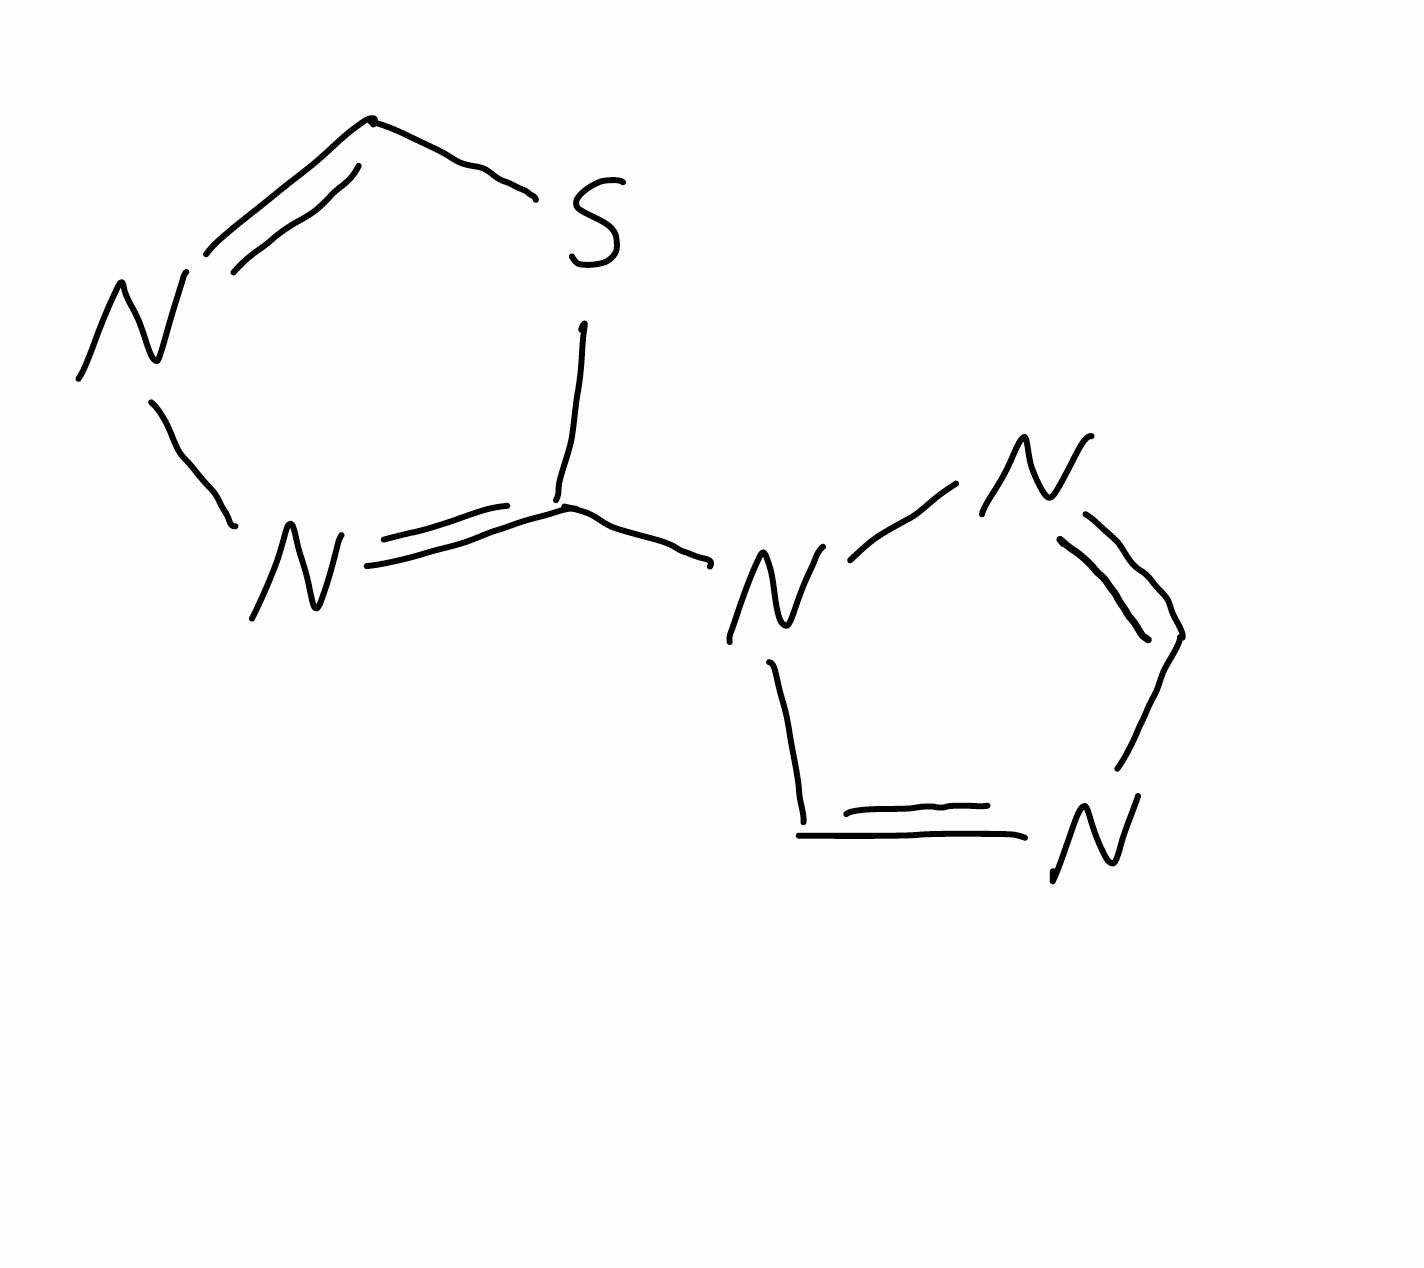
Simplified molecular-input line-entry system (SMILES) notation of the given molecule:
C1=NN(C=N1)C2=NN=CS2